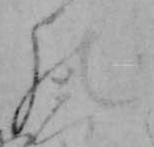
の